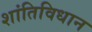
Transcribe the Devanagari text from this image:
शांतिविधान